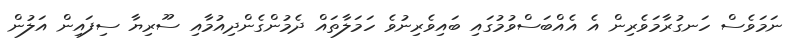
ނަމަވެސް ހަނގުރާމަވެރިން އެ އެއްބަސްވުމުގައި ބައިވެރިނުވެ ހަމަލާތައް ދެމުންގެންދިއުމާއި ސޫރިޔާ ސިފައިން އަލުން